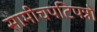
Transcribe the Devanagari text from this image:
सामीचपटिपन्नो